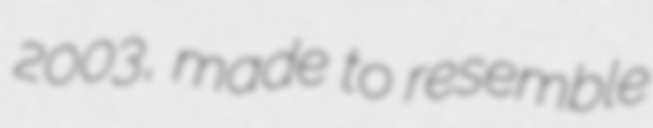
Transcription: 2003, made to resemble